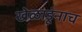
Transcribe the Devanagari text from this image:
खेळाडूंनाच